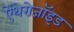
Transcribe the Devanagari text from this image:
ऐंथेरोजॉइड